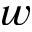
w